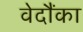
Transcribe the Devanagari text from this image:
वेदौंका